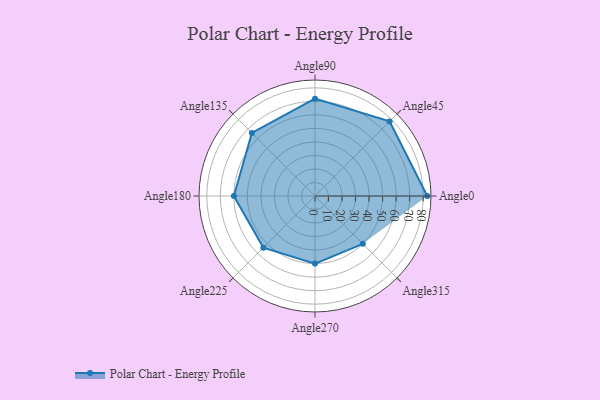
{"axis": {"x": "Angle", "y": "Radius"}, "legend": [""], "data": [{"x": "Angle0", "y": 83.0, "type": ""}, {"x": "Angle45", "y": 78.0, "type": ""}, {"x": "Angle90", "y": 72.0, "type": ""}, {"x": "Angle135", "y": 66.0, "type": ""}, {"x": "Angle180", "y": 60.0, "type": ""}, {"x": "Angle225", "y": 54.0, "type": ""}, {"x": "Angle270", "y": 50, "type": ""}, {"x": "Angle315", "y": 50, "type": ""}]}